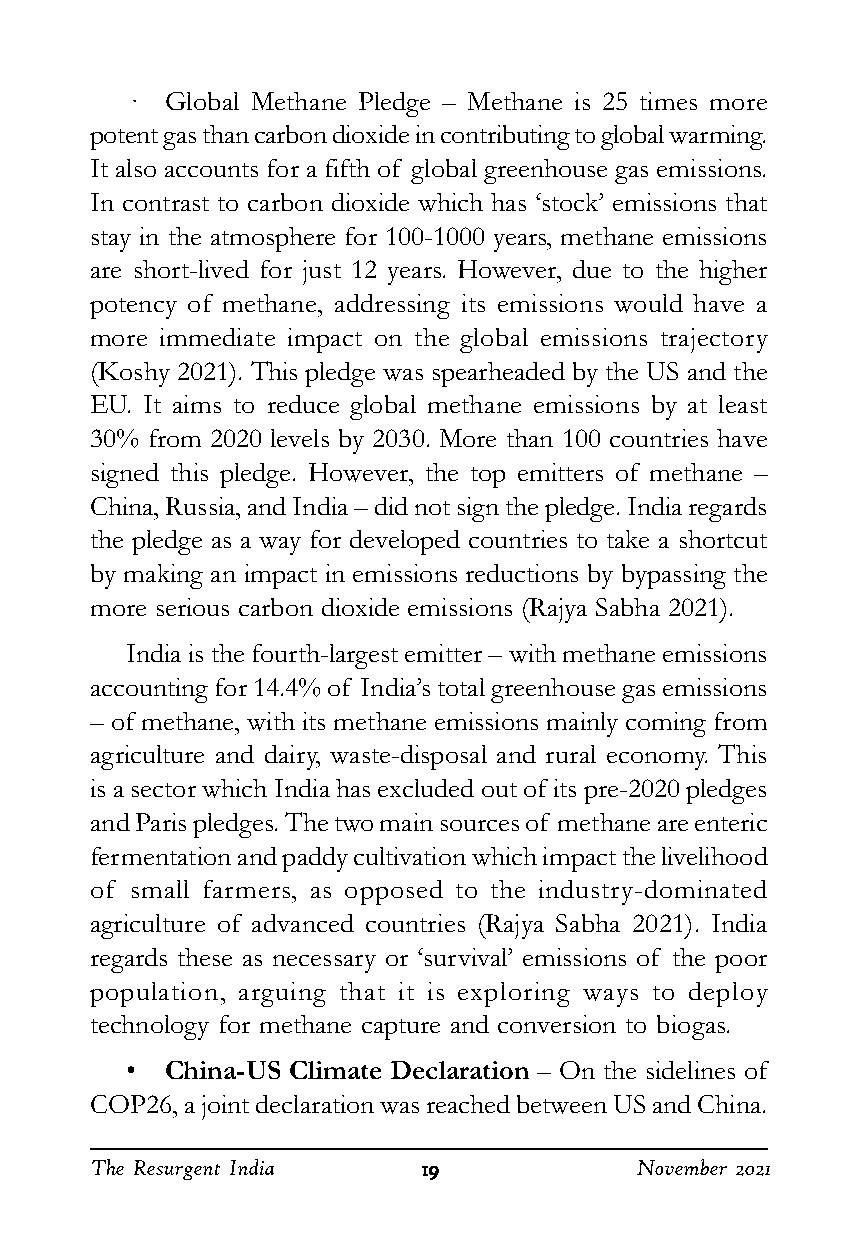
·  Global Methane Pledge – Methane is 25 times more
 potent gas than carbon dioxide in contributing to global warming.
 It also accounts for a fifth of global greenhouse gas emissions.
 In contrast to carbon dioxide which has ‘stock’ emissions that
 stay in the atmosphere for 100-1000 years, methane emissions
 are short-lived for just 12 years. However, due to the higher
 potency of methane, addressing its emissions would have a
 more immediate impact on the global emissions trajectory
 (Koshy 2021). This pledge was spearheaded by the US and the
 EU. It aims to reduce global methane emissions by at least
 30% from 2020 levels by 2030. More than 100 countries have
 signed this pledge. However, the top emitters of methane –
 China, Russia, and India – did not sign the pledge. India regards
 the pledge as a way for developed countries to take a shortcut
 by making an impact in emissions reductions by bypassing the
 more serious carbon dioxide emissions (Rajya Sabha 2021).
 India is the fourth-largest emitter – with methane emissions
 accounting for 14.4% of India’s total greenhouse gas emissions
 – of methane, with its methane emissions mainly coming from
 agriculture and dairy, waste-disposal and rural economy. This
 is a sector which India has excluded out of its pre-2020 pledges
 and Paris pledges. The two main sources of methane are enteric
 fermentation and paddy cultivation which impact the livelihood
 of small farmers, as opposed to the industry-dominated
 agriculture of advanced countries (Rajya Sabha 2021). India
 regards these as necessary or ‘survival’ emissions of the poor
 population, arguing that it is exploring ways to deploy
 technology for methane capture and conversion to biogas.
 •  China-US Climate Declaration – On the sidelines of
 COP26, a joint declaration was reached between US and China.
 The Resurgent India   1111199999    November 2021